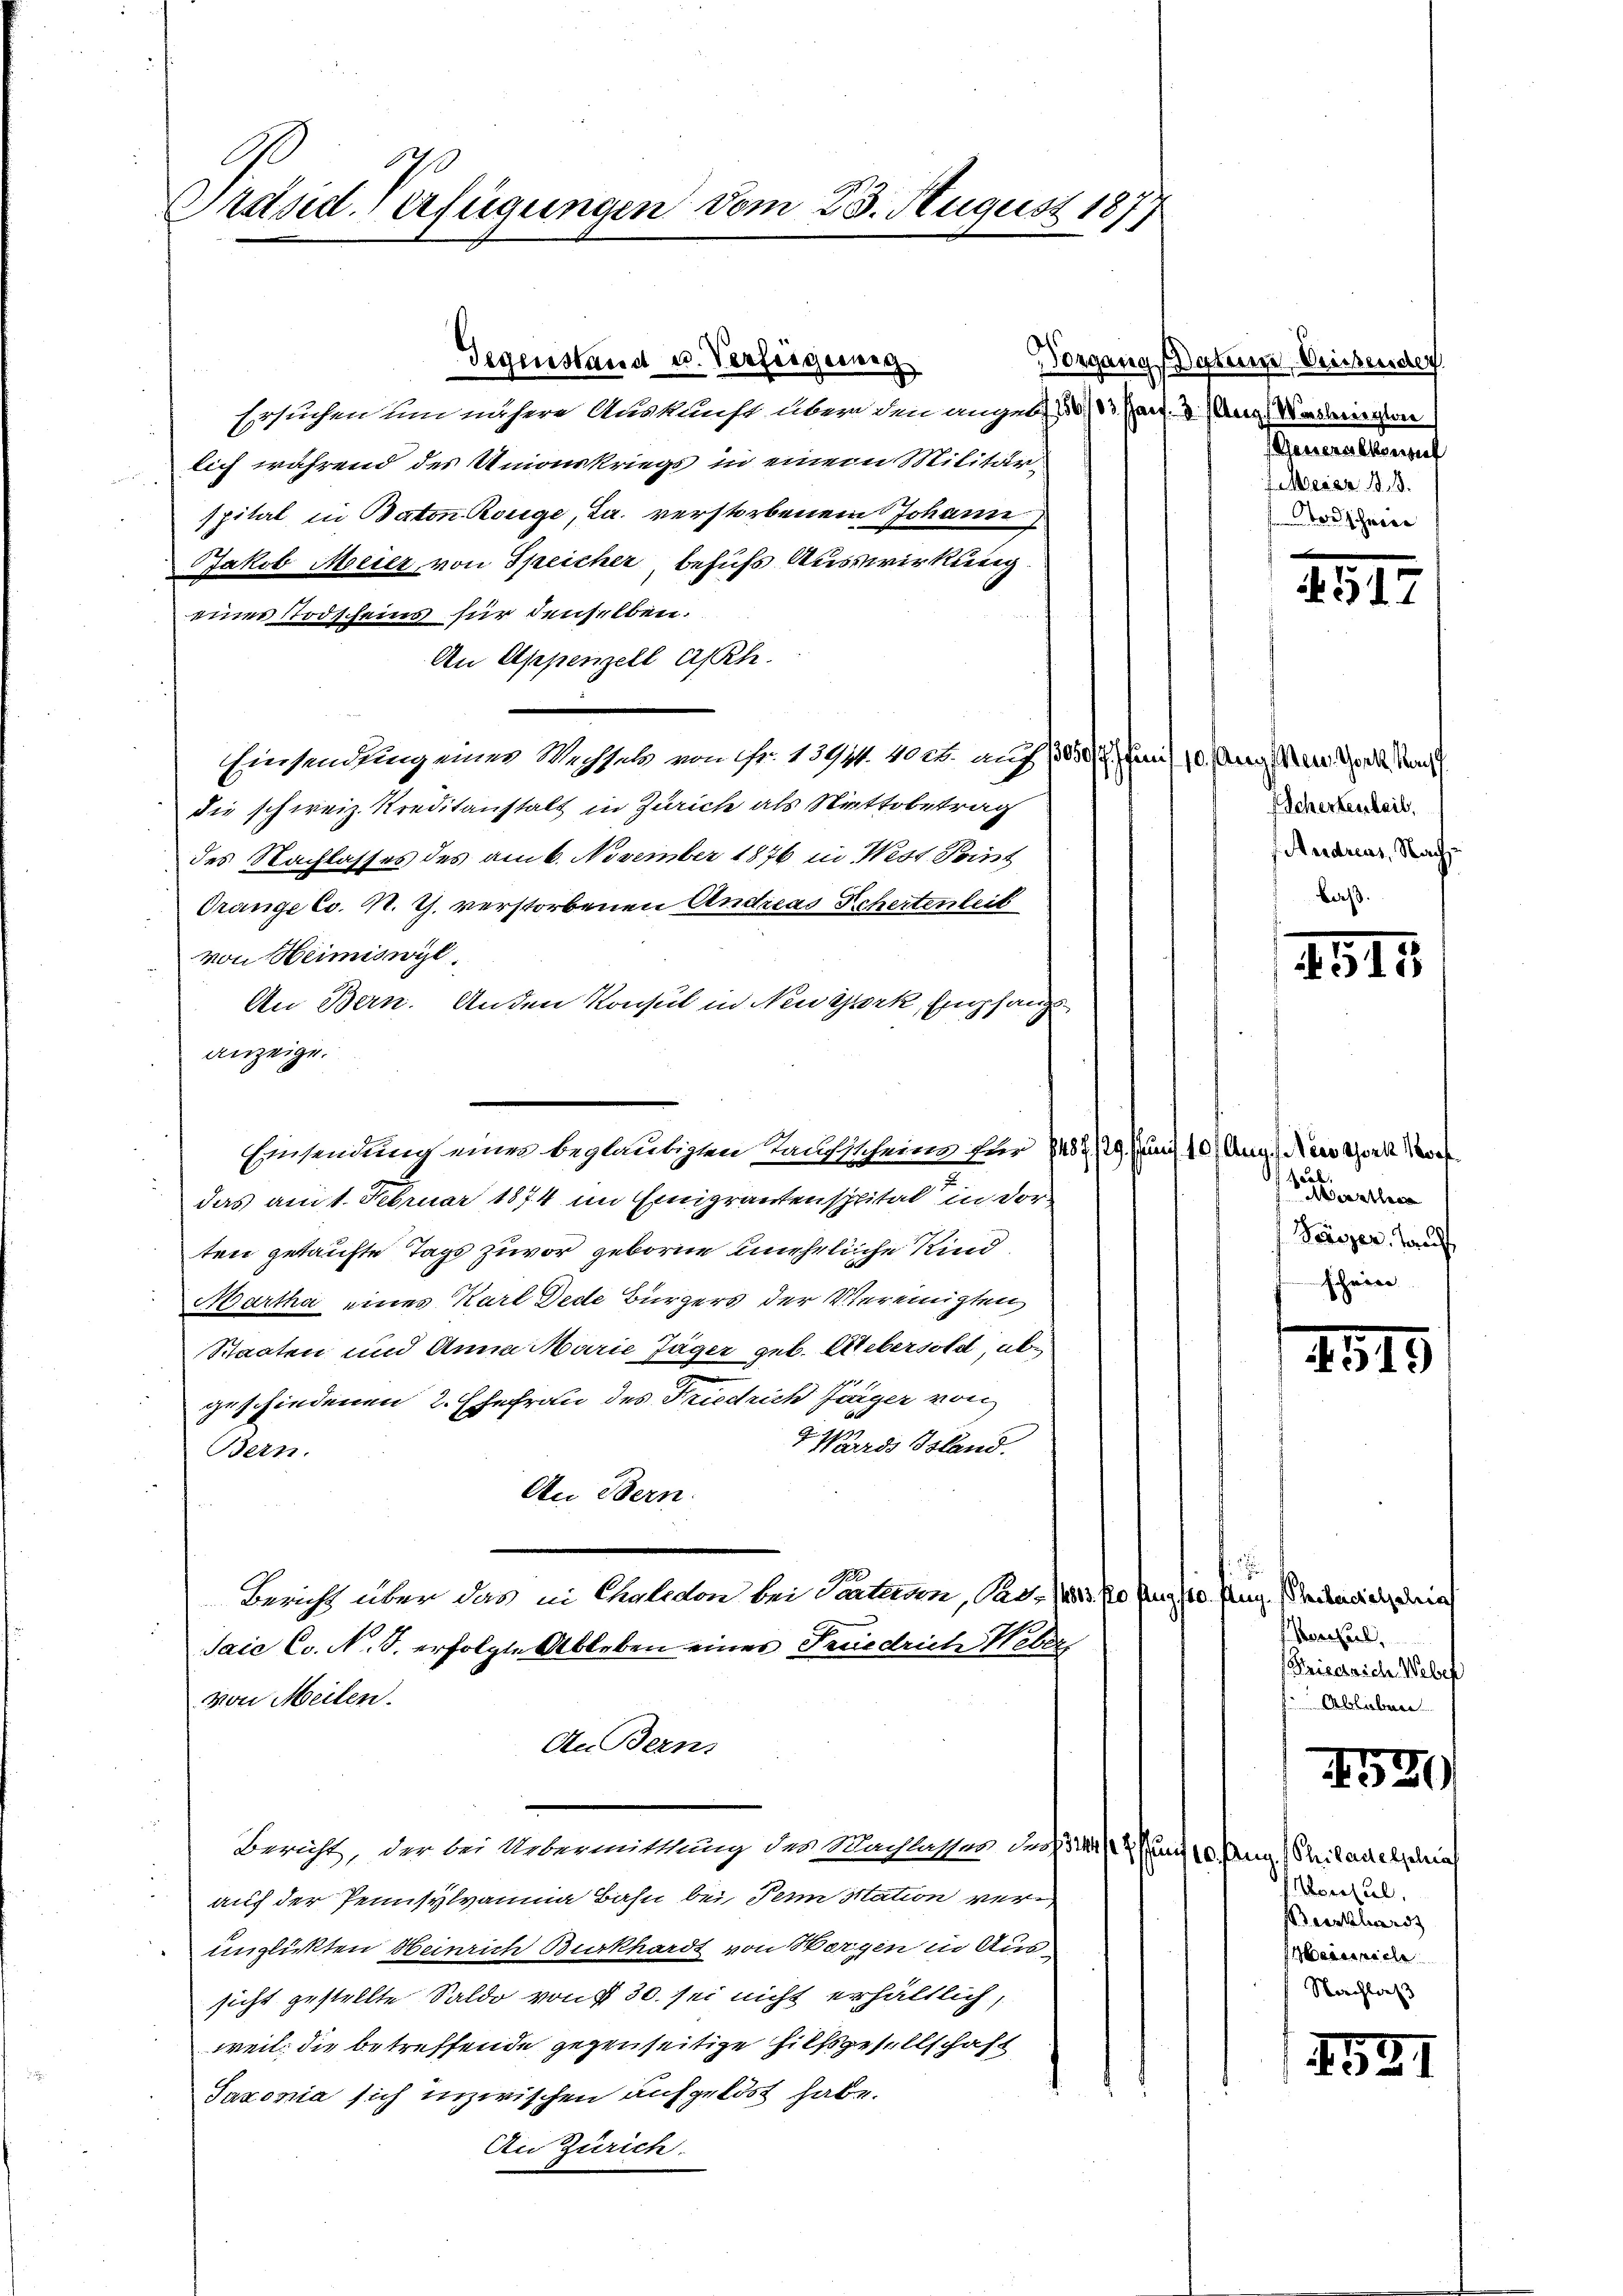
9
Prstud. erfügungen vom 25. August 1877

Gegenstand u. Verfeigerung

Einsendung nur begläubigten Taufsscheins für 1487/19. Juni 10. Aug. Nestor Vor

Ersuchen und nähere Auskunft. Aber den angen 10/3 Part. 3. (Ang, Maderesse
lich während des Unionskriegs in einem Militär¬
.
spital in Baton Rouge, Ja. verstorbenem Johann,
Jakob Meier von Speicher behufs Auswirkung.
eines Todscheins für denselben.
An Appenzell Asch
Einsendung einer Wechsels von Fr. 1391. 40 l. auf 1305/6. Juni /10. Aug. Mai der Mach
die schweiz. Kreditanstalt in Zürich als Nettobetrag
des Nachlasses des am 6. November 1876 in West. Point
Orange Co. M. Th. verstorbenen Andreas Schertenleit
von Heimiswyl,
An Bern. Anden Konsul in Newyork, Empfang
anzeige.
das am 1. Februar 1874 im Eingrantenspital in der
ten getaufte Tags zuvor geborne uneheliche Kind
Martha eines Karl Dede Bürgers der Vereinigten,
Staaten und Anna Marie Jäger geb. Uebersold, abgeschiedenen 2. Ehefrau des Friedrich Jörger von
 Wards Gsland.
Bern.
An Bern.
Bericht über das in Chaliden bei Partean, Ro. (213, fo frug 10. Aug. einvictoria
Saic Co. N. S. erfolgte Ableben eines Feriedrich Weber
von Meilen.
An Berns
i
Bericht, der bei Uebermittlung der Nachlasses das ist und 10. Aug. Philadelscha
auf der Pennsylvauma Bahn bei denn Station verunglükten Heinrich Burkhardt von Wergen in Aussicht gestellte Saldo von 30. sei nicht erhältlich,
weil die betreffende gegenseitige Hilfsgesellschaft
Saxonia sich inzwischen aufgelöst habe.
An Zürich.

Vorgang Detaire Diesender
Generalkonsuet
2. B.
oschei

259

Schertenheit.
Andreas, Nachbaß.

1115.

Seiterthe
Baczer, Tauf
schwere

1515

t
hversel
Frischrich. Weber
f Ablieben

452

Monsul,
Berkhard
Maiernach
Nachlas

1521